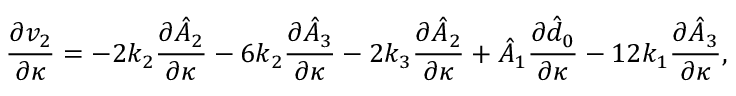
\frac { \partial v _ { 2 } } { \partial \kappa } = - 2 k _ { 2 } \frac { \partial \hat { A } _ { 2 } } { \partial \kappa } - 6 k _ { 2 } \frac { \partial \hat { A } _ { 3 } } { \partial \kappa } - 2 k _ { 3 } \frac { \partial \hat { A } _ { 2 } } { \partial \kappa } + \hat { A } _ { 1 } \frac { \partial \hat { d } _ { 0 } } { \partial \kappa } - 1 2 k _ { 1 } \frac { \partial \hat { A } _ { 3 } } { \partial \kappa } ,